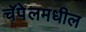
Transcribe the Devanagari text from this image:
चॅपेलमधील